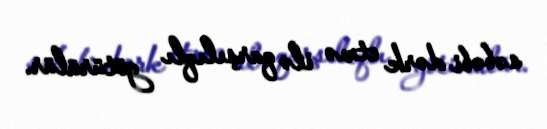
səbəbi dərk etmə ilə qarşılıqlı götürülür.